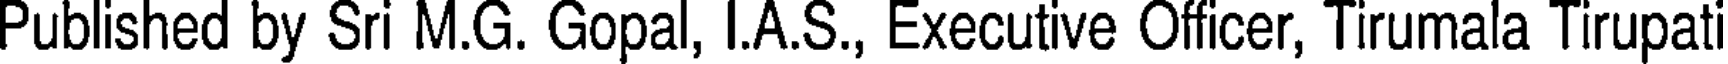
Published by Sri M.G. Gopal, I.A.S., Executive Officer, Tirumala Tirupat